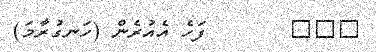
١٩٢       ފަހެ އެއުރެން (ހަނގުރާމަ)